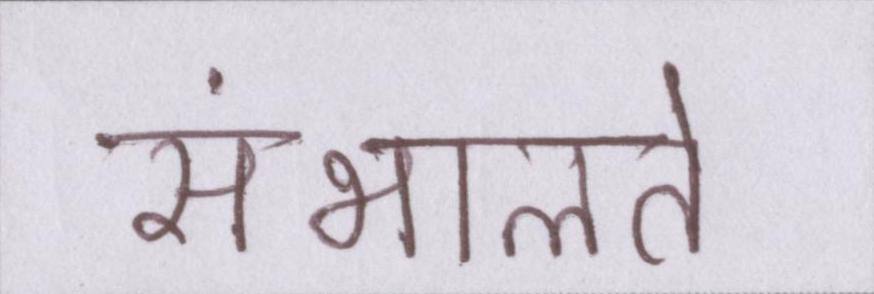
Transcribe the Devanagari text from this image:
संभालते